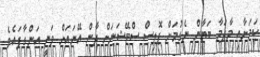
ކަމަށާއި މާދަމާ ބަޔާން ނެގުމަށް ޕޮލިސް ސްޓޭޝަނަށް ދާން އޭނައަށް ވަނީ އަންގާފައެވެ